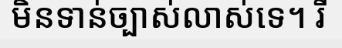
មិនទាន់ច្បាស់លាស់ទេ។ រី